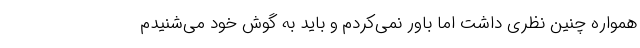
همواره چنین نظری داشت اما باور نمی‌کردم و باید به گوش خود می‌شنیدم